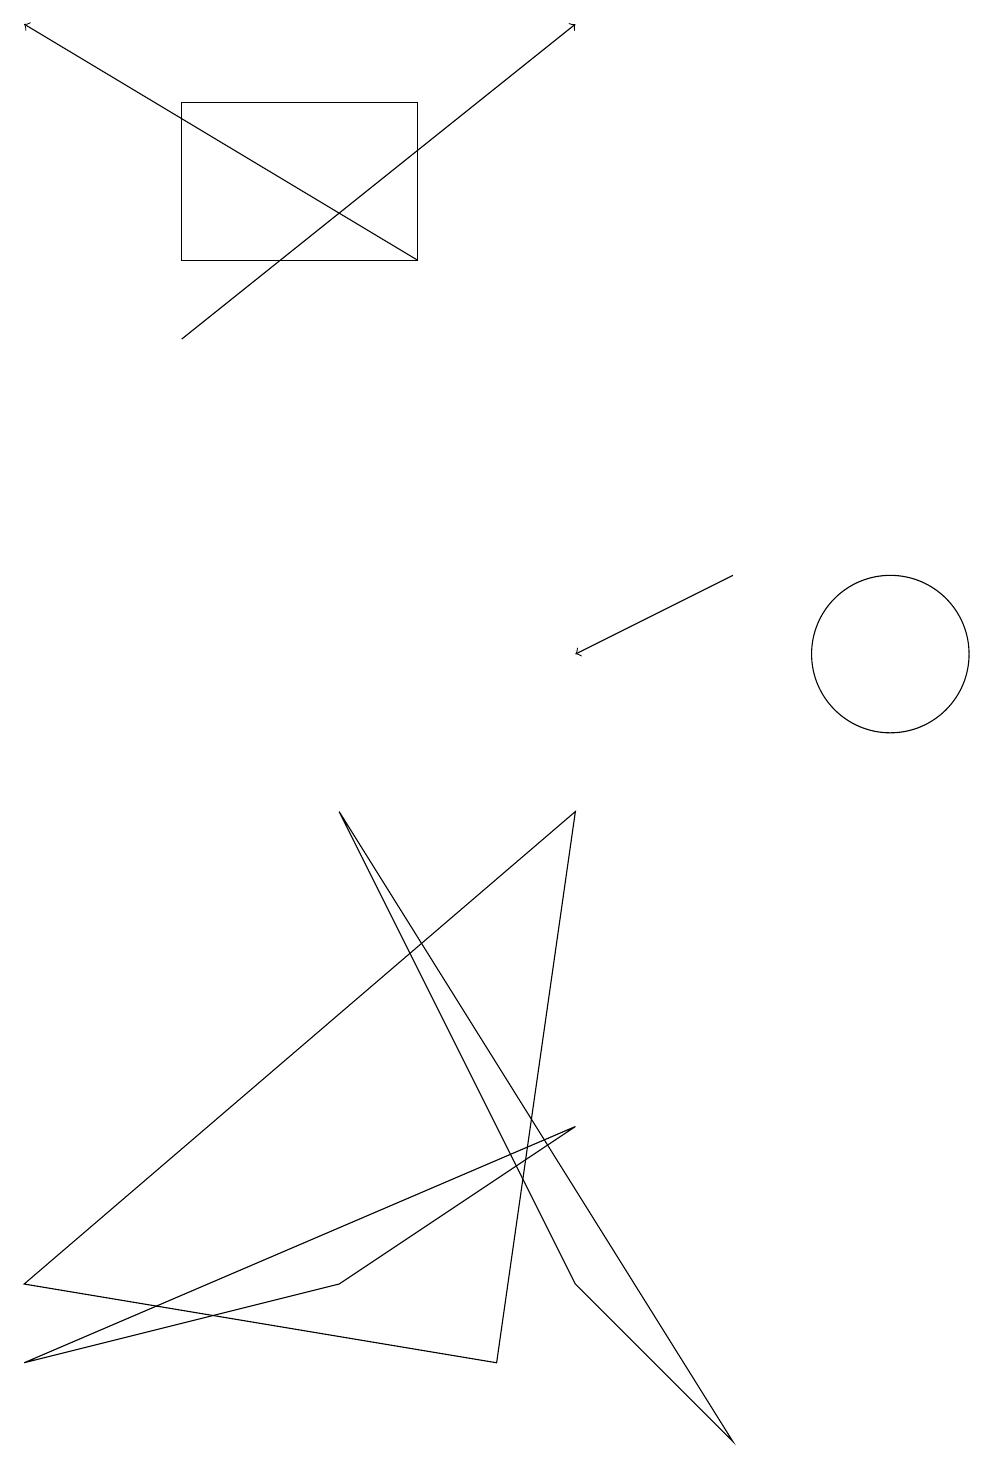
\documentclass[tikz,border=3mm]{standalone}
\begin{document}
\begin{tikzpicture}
\draw[->] (9,12) -- (7,11);
\draw (11,11) circle (1);
\draw (7,5) -- (0,2) -- (4,3) -- cycle;
\draw (5,16) rectangle (2,18);
\draw[->] (5,16) -- (0,19);
\draw[->] (2,15) -- (7,19);
\draw (6,2) -- (7,9) -- (0,3) -- cycle;
\draw (7,3) -- (4,9) -- (9,1) -- cycle;
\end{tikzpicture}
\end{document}